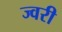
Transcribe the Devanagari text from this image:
ज्वरी